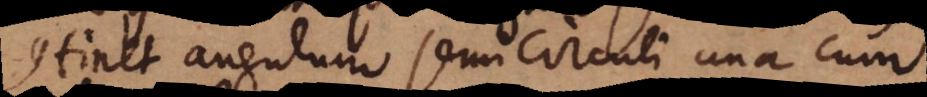
continet angulum semicirculi una cum